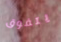
يتفوق